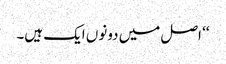
‘‘ اصل میں دونوں ایک ہیں۔